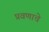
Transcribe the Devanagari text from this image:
प्रवणाचे